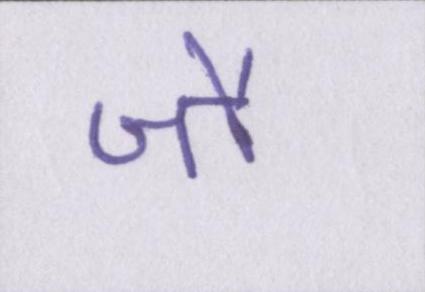
जौ